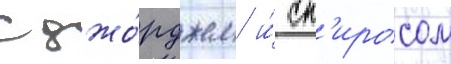
с джо́рджем и́ сп'иросом